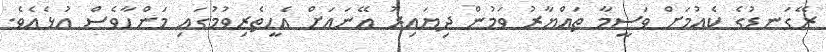
ރޭގަނޑުގެ ކެއުމަށް ވަސީމާ ތައްޔާރު ވަމުން ދިޔައިރު އޭނައަށް އެހީތެރިވުމުގައި މަންހާވެސް އުޅެއެވެ.